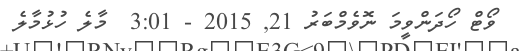
ވޯޓް ހޯދަންވީމަ ނޮވެމްބަރު 21